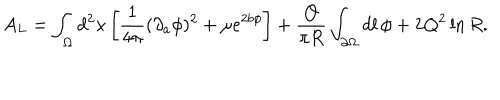
A _ { L } = \int _ { \Omega } d ^ { 2 } x \left[ { \frac { 1 } { 4 \pi } } ( \partial _ { a } \phi ) ^ { 2 } + \mu e ^ { 2 b \phi } \right] + { \frac { Q } { \pi R } } \int _ { \partial \Omega } d l \, \phi + 2 Q ^ { 2 } \ln { R } .